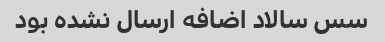
سس سالاد اضافه ارسال نشده بود